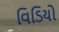
વિડિયો